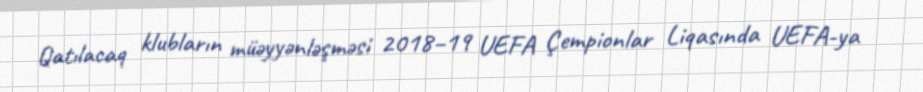
Qatılacaq klubların müəyyənləşməsi 2018–19 UEFA Çempionlar Liqasında UEFA-ya